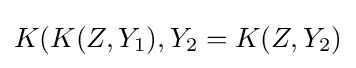
K(K(Z,Y_{1}),Y_{2}=K(Z,Y_{2})